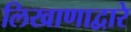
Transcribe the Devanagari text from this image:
लिखाणाद्वारे